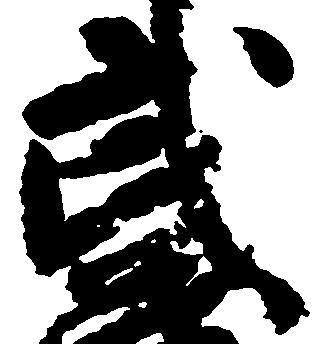
武